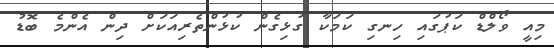
މިއީ ވޯލްޑް ކަޕުގައި ހިނގި ކަމަކާ ގުޅިގެން ކުޅުންތެރިއަކަށް ދިން އެންމެ ބޮޑު